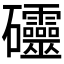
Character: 𥘃